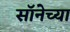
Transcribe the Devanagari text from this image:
सॉनेच्या